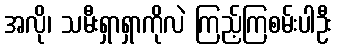
အလို၊ သမီးရှာရှာကိုလဲ ကြည့်ကြစမ်းပါဦး